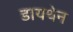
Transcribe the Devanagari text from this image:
डायथेन